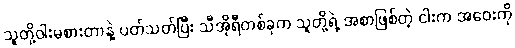
သူတို့ဝါးမစားတာနဲ့ ပတ်သတ်ပြီး သီအိုရီတစ်ခုက သူတို့ရဲ့ အစာဖြစ်တဲ့ ငါးက အဝေးကို